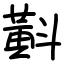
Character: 斢